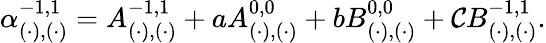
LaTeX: \alpha_{(\cdot),(\cdot)}^{-1,1}=A_{(\cdot),(\cdot)}^{-1,1}+aA_{(\cdot),(\cdot)}^{0,0}+bB_{(\cdot),(\cdot)}^{0,0}+\mathcal{C}B_{(\cdot),(\cdot)}^{-1,1}.